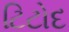
ટિટોદ